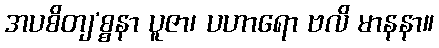
အပစိတျ’စ္စနာ ပူဇာ၊ ပဟာရော ဗလိ မာနနာ။